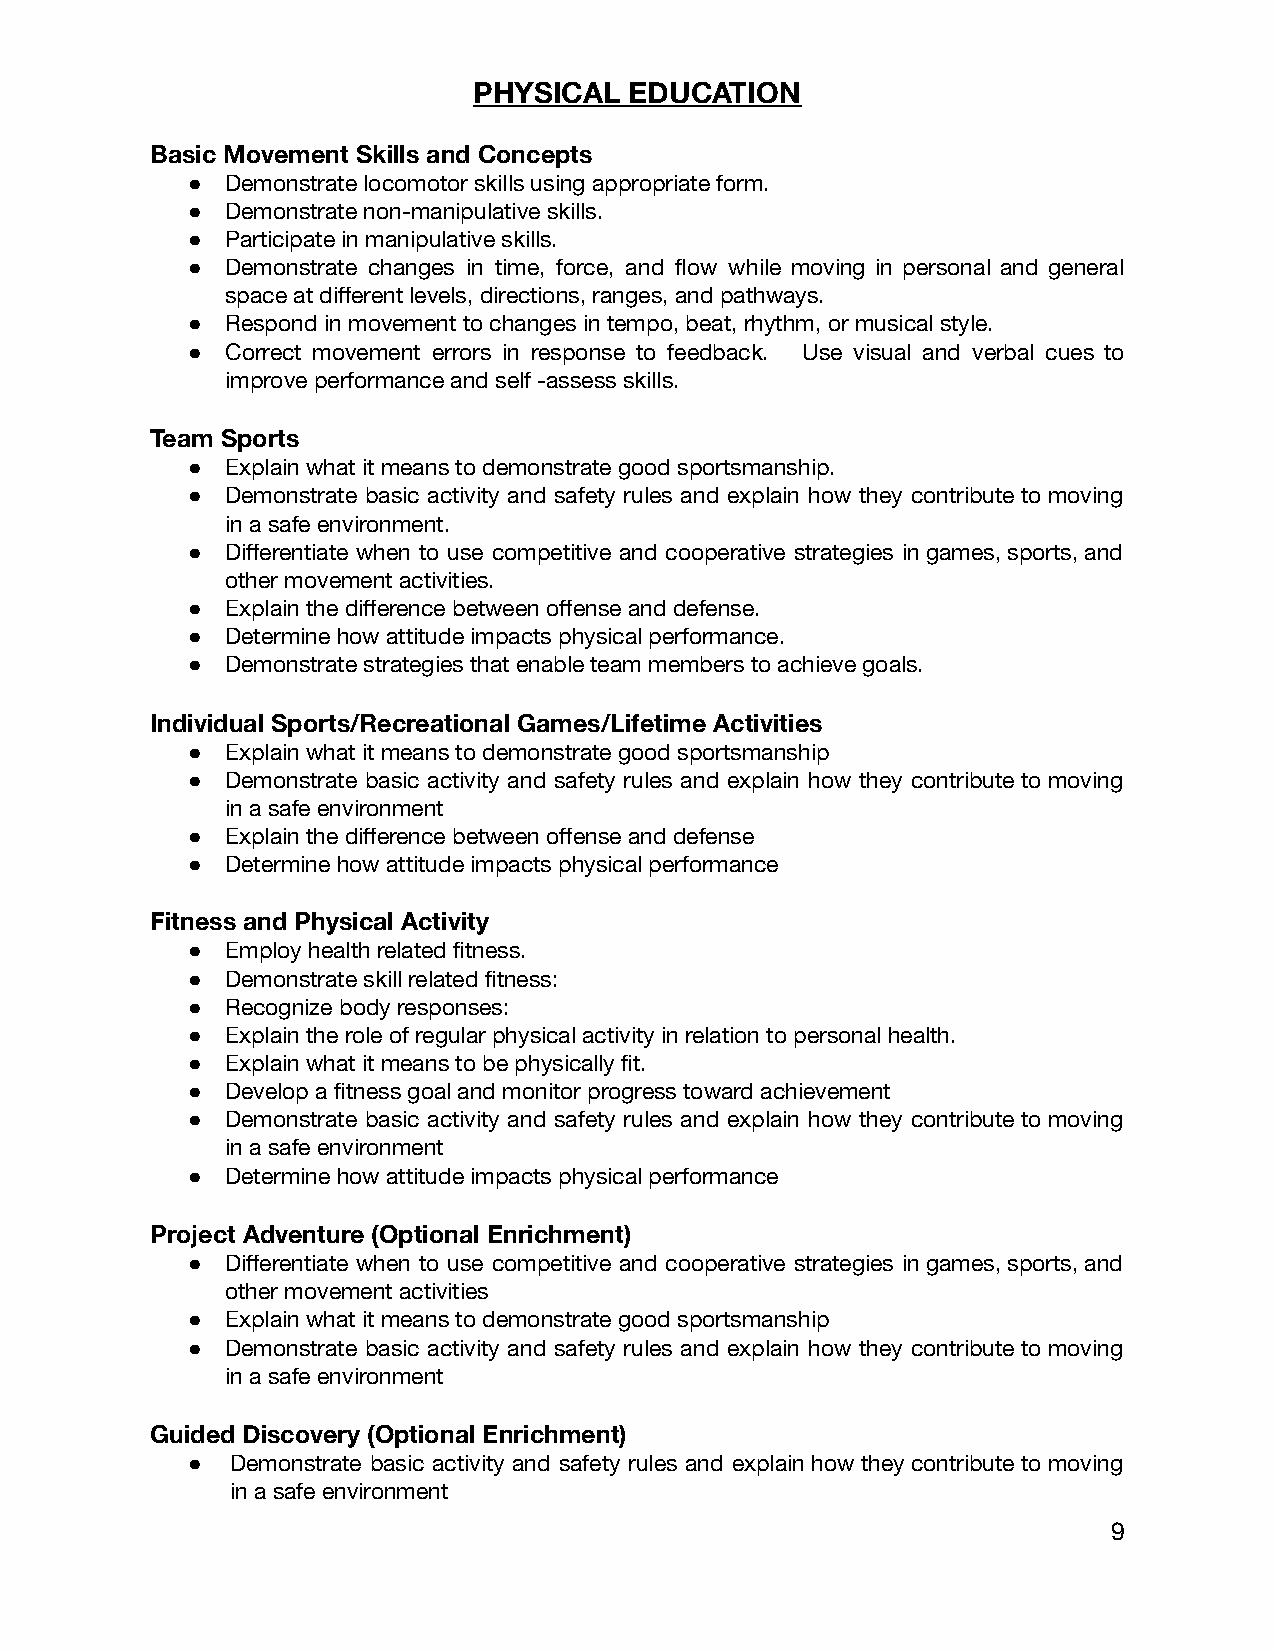
PHYSICAL   EDUCATION
 Basic Movement Skills and Concepts
 ●  Demonstrate locomotor skills using appropriate form.
 ●  Demonstrate non-manipulative skills.
 ●  Participate in manipulative skills.
 ●  Demonstrate changes in time, force, and flow while moving in personal and general
 space at different levels, directions, ranges, and pathways.
 ●  Respond in movement to changes in tempo, beat, rhythm, or musical style.
 ●  Correct movement errors in response to feedback. Use visual and verbal cues to
 improve performance and self -assess skills.
 Team Sports
 ●  Explain what it means to demonstrate good sportsmanship.
 ●  Demonstrate basic activity and safety rules and explain how they contribute to moving
 in a safe environment.
 ●  Differentiate when to use competitive and cooperative strategies in games, sports, and
 other movement activities.
 ●  Explain the difference between offense and defense.
 ●  Determine how attitude impacts physical performance.
 ●  Demonstrate strategies that enable team members to achieve goals.
 Individual Sports/Recreational Games/Lifetime Activities
 ●  Explain what it means to demonstrate good sportsmanship
 ●  Demonstrate basic activity and safety rules and explain how they contribute to moving
 in a safe environment
 ●  Explain the difference between offense and defense
 ●  Determine how attitude impacts physical performance
 Fitness and Physical Activity
 ●  Employ health related fitness.
 ●  Demonstrate skill related fitness:
 ●  Recognize body responses:
 ●  Explain the role of regular physical activity in relation to personal health.
 ●  Explain what it means to be physically fit.
 ●  Develop a fitness goal and monitor progress toward achievement
 ●  Demonstrate basic activity and safety rules and explain how they contribute to moving
 in a safe environment
 ●  Determine how attitude impacts physical performance
 Project Adventure (Optional Enrichment)
 ●  Differentiate when to use competitive and cooperative strategies in games, sports, and
 other movement activities
 ●  Explain what it means to demonstrate good sportsmanship
 ●  Demonstrate basic activity and safety rules and explain how they contribute to moving
 in a safe environment
 Guided Discovery (Optional Enrichment)
 ●  Demonstrate basic activity and safety rules and explain how they contribute to moving
 in a safe environment
 9